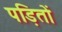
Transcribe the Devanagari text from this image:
पड़ितों